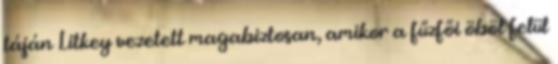
táján Litkey vezetett magabiztosan, amikor a fűzfői öböl felül